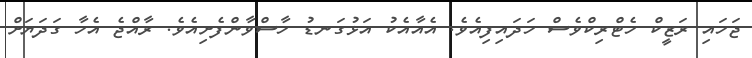
ޖަހައި ރަޒީކް ހެޓްރިކްވެސް ހަދައިފިއެވެ. އެއާއެކު އަޅުގަނޑު ހާސްވާންފެށިއެވެ. ރާއްޖެ އެހާ ގަދަޔަށް